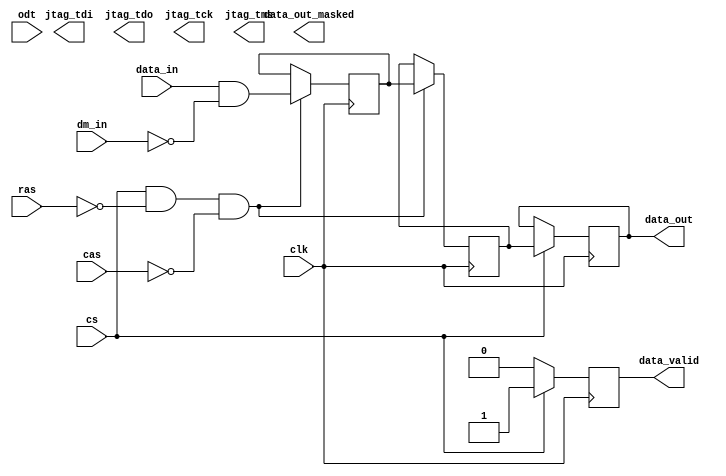
module LPDDR5_IO_Block (
    input wire clk,                // High-speed clock input
    input wire [63:0] data_in,     // Data input (64-bit)
    input wire [63:0] dm_in,       // Data mask input (64-bit)
    input wire cs,                 // Chip select
    input wire ras,                // Row address strobe
    input wire cas,                // Column address strobe
    input wire odt,                // On-die termination control
    output reg [63:0] data_out,    // Data output (64-bit)
    output reg data_valid,         // Data valid signal
    output reg [63:0] data_out_masked, // Masked data output
    output wire jtag_tdi,          // JTAG test data input
    output wire jtag_tdo,          // JTAG test data output
    output wire jtag_tck,          // JTAG test clock
    output wire jtag_tms           // JTAG test mode select
);
    
    // Parameters for data width configuration
    parameter DATA_WIDTH = 64; // Options: 16, 32, 64
    parameter DRIVE_STRENGTH = 2; // Drive strength configuration
    
    // Internal signals
    reg [63:0] data_reg;
    reg [63:0] masked_data_reg;
    reg [3:0] drive_strength; // Drive strength control
    reg idle_state;           // Idle state flag

    // Clock Data Recovery (CDR) Logic
    always @(posedge clk) begin
        if (cs) begin
            // Read operation
            data_out <= data_reg;
            data_valid <= 1'b1;
        end else begin
            data_valid <= 1'b0;
        end
    end

    // Write operation with data masking
    always @(posedge clk) begin
        if (cs && !ras && !cas) begin
            // Perform write operation
            masked_data_reg <= data_in & ~dm_in; // Apply data mask
            data_reg <= masked_data_reg;
        end
    end

    // On-Die Termination control
    always @(posedge clk) begin
        if (odt) begin
            // Enable ODT
            // Implementation of ODT control logic
        end else begin
            // Disable ODT
        end
    end

    // JTAG Interface (simplified)
    // JTAG logic can be implemented here

    // Idle Mode Logic
    always @(posedge clk) begin
        if (!cs) begin
            idle_state <= 1'b1; // Enter idle state
        end else begin
            idle_state <= 1'b0; // Exit idle state
        end
    end

    // Drive strength configuration (simplified)
    always @(*) begin
        case (DRIVE_STRENGTH)
            2'b00: drive_strength = 4'b0001; // Low drive strength
            2'b01: drive_strength = 4'b0010; // Medium drive strength
            2'b10: drive_strength = 4'b0100; // High drive strength
            default: drive_strength = 4'b0001; // Default low
        endcase
    end

endmodule